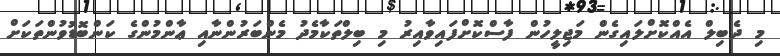
މި ދެބިލް އެއްކޮށްލައިގެން މަޖިލީހުން ފާސްކޮށްފައިވާއިރު މި ބިލްތަކާމެދު މެންބަރުންނާއި ޢާންމުންގެ ކަންބޮޑުވުންތަކަށް